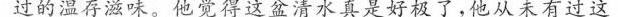
过的温在滋味，他觉得这盆清水真是好极了，他从未有过这